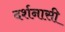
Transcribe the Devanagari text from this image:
दर्शनासी